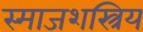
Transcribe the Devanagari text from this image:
स्माजशस्त्रिय